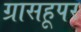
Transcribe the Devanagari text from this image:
ग्रासहूपर